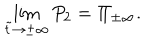
\lim _ { \tilde { t } \to \pm \infty } P _ { 2 } = \Pi _ { \pm \infty } .